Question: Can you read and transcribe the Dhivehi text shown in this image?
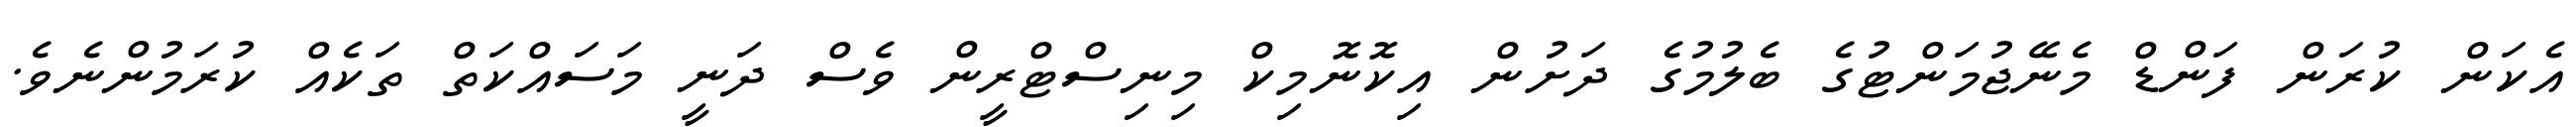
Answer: އެކަން ކުރަން ފަންޑް މެނޭޖުމަންޓުގެ ބެލުމުގެ ދަށުން އިކޮނޮމިކް މިނިސްޓްރީން ވެސް ދަނީ މަސައްކަތް ތަކެއް ކުރަމުންނެވެ.